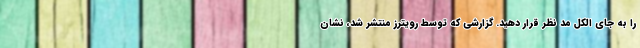
را به جای الکل مد نظر قرار دهید. گزارشی که توسط رویترز منتشر شد، نشان